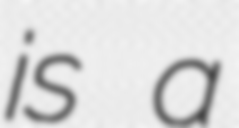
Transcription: is a